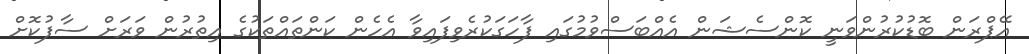
އޭޕްރަން ބޮޑުކުރުންވަނީ ކޮންސެޝަން އެއްބަސްވުމުގައި ފާހަގަކުރެވިފައިވާ އެހެން ކަންތައްތަކުގެ އިތުރުން ވަރަށް ސާފުކޮށް